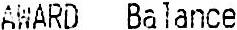
AWARD BALANCE